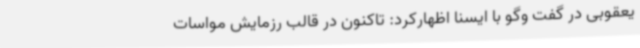
یعقوبی در گفت وگو با ایسنا اظهارکرد: تاکنون در قالب رزمایش مواسات